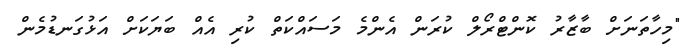
"މިހާތަނަށް ބާޒާރު ކޮންޓްރޯލް ކުރަން އެންމެ މަސައްކަތް ކުރި އެއް ބަޔަކަށް އަޅުގަނޑުމެން